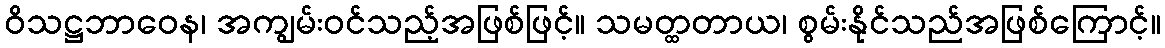
ဝိသဋ္ဌဘာဝေန၊ အကျွမ်းဝင်သည့်အဖြစ်ဖြင့်။ သမတ္ထတာယ၊ စွမ်းနိုင်သည်အဖြစ်ကြောင့်။